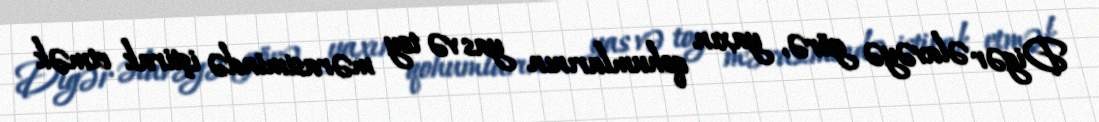
Digər əlavəyə görə, yaxın qohumlarının yas və toy mərasimində iştirak etmək